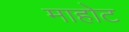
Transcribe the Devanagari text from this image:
माहोट